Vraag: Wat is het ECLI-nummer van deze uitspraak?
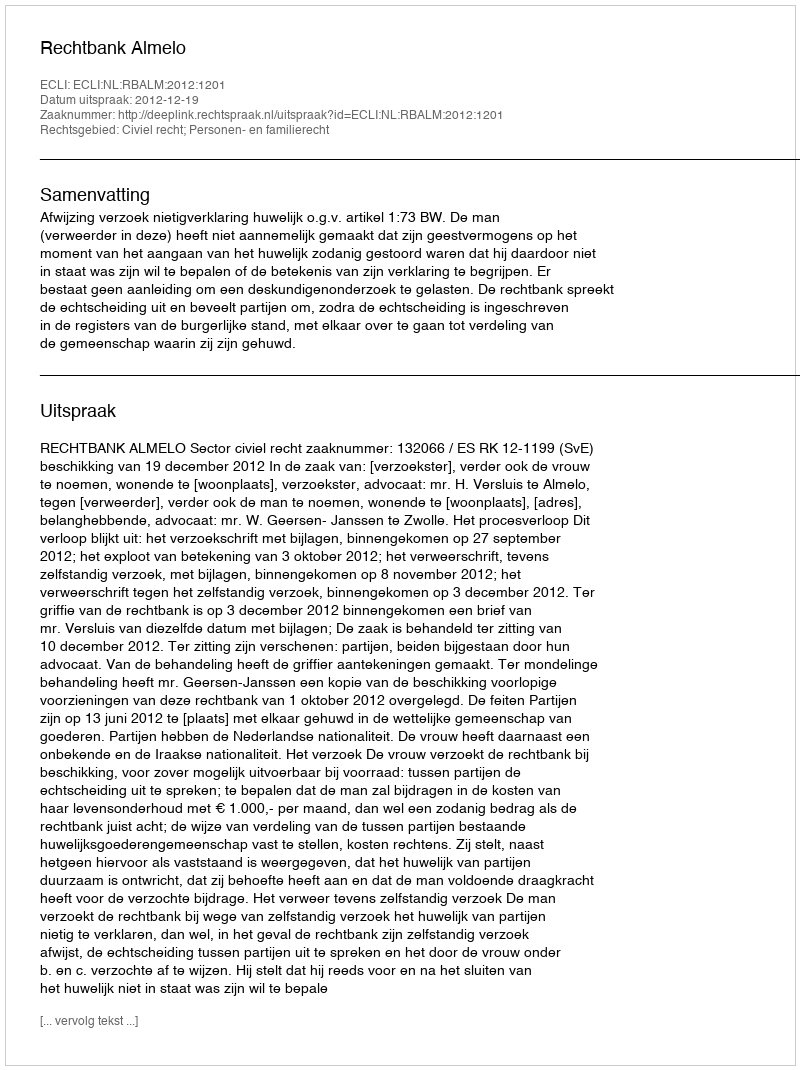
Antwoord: ECLI:NL:RBALM:2012:1201